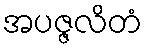
အပဇ္ဇလိတံ